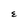
Character: E